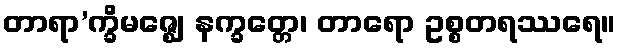
တာရာ’က္ခိမဇ္ဈေ နက္ခတ္တေ၊ တာရော ဥစ္စတရဿရေ။